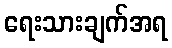
ရေးသားချက်အရ